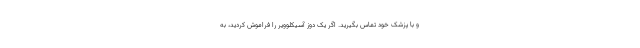
و با پزشک خود تماس بگیرید. اگر یک دوز آسیکلوویر را فراموش کردید، به